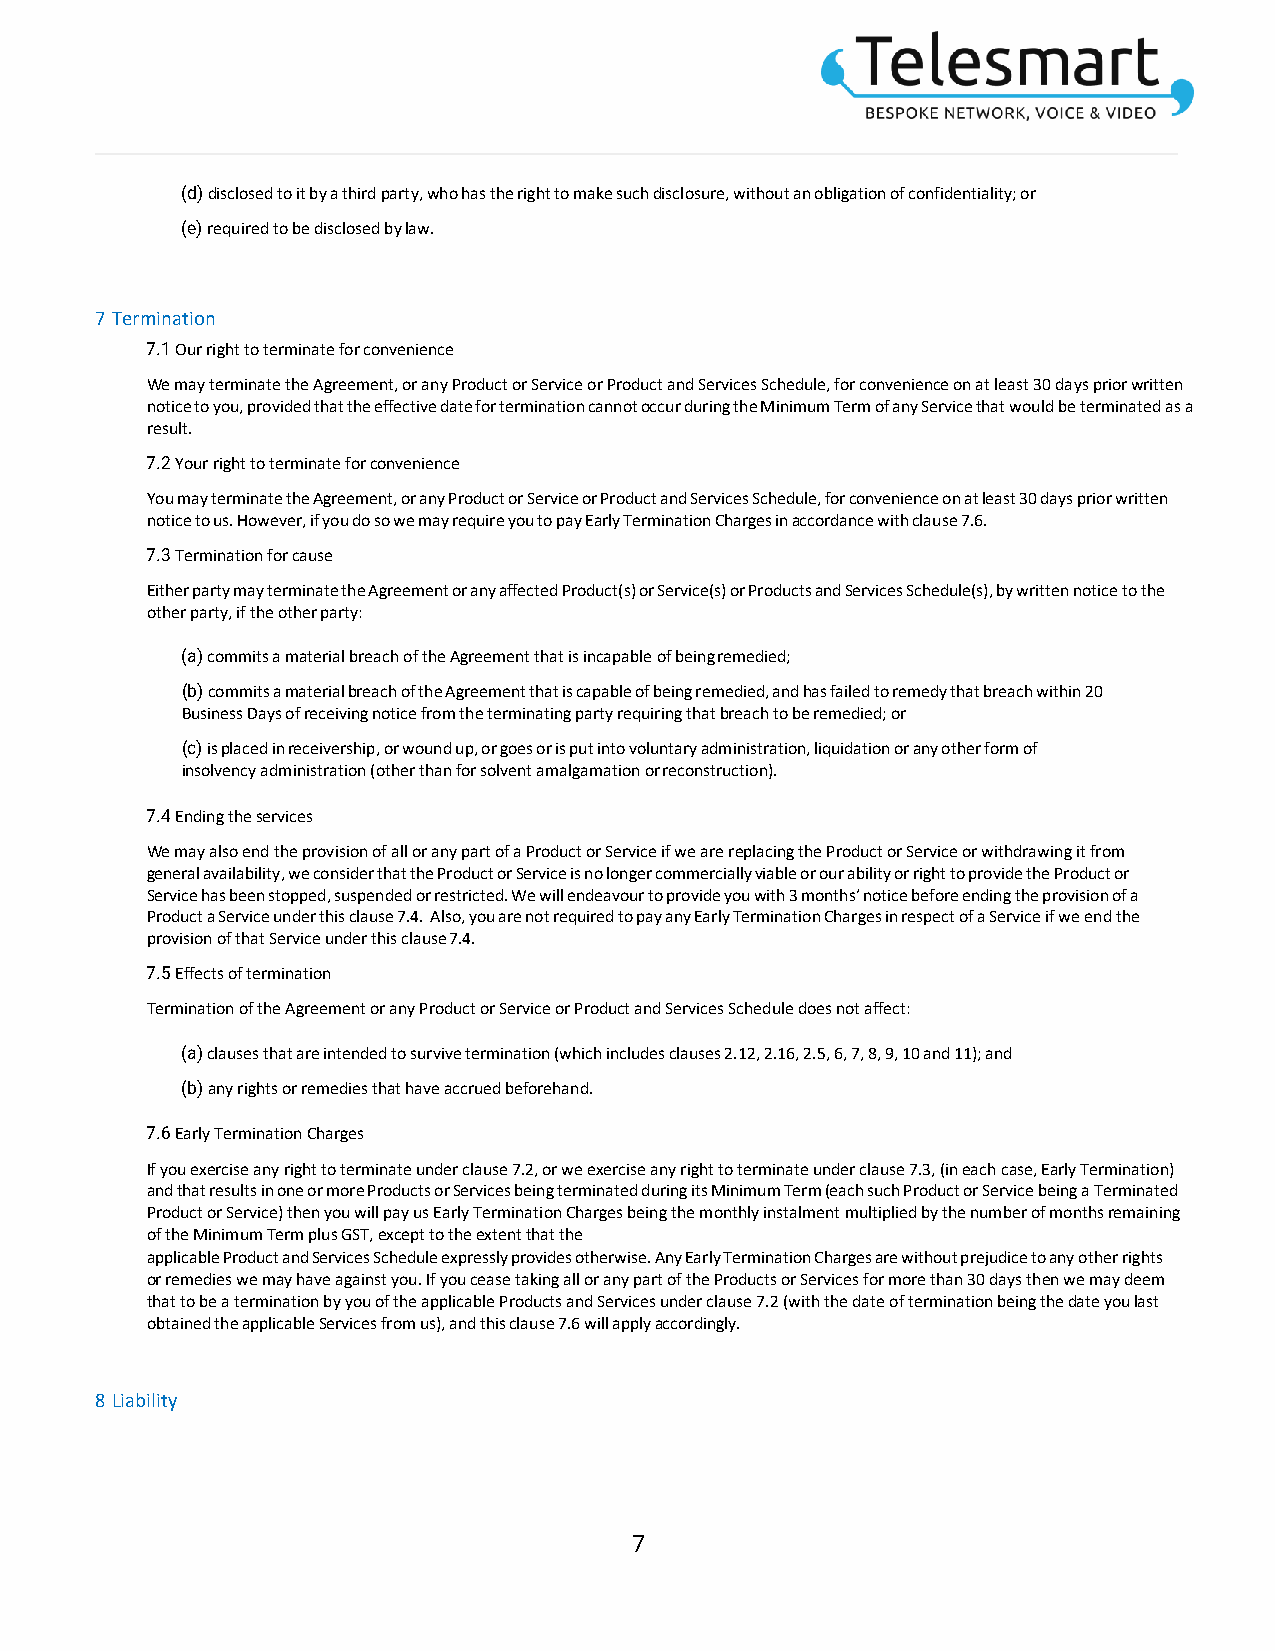
(d) disclosed to it by a third party, who has the right to make such disclosure, without an obligation of confidentiality; or
 (e) required to be disclosed by law.
 7 Termination
 7.1 Our right to terminate for convenience
 We may terminate the Agreement, or any Product or Service or Product and Services Schedule, for convenience on at least 30 days prior written
 notice to you, provided that the effective date for termination cannot occur during the Minimum Term of any Service that would be terminated as a
 result.
 7.2 Your right to terminate for convenience
 You may terminate the Agreement, or any Product or Service or Product and Services Schedule, for convenience on at least 30 days prior written
 notice to us. However, if you do so we may require you to pay Early Termination Charges in accordance with clause 7.6.
 7.3 Termination for cause
 Either party may terminate the Agreement or any affected Product(s) or Service(s) or Products and Services Schedule(s), by written notice to the
 other party, if the other party:
 (a) commits a material breach of the Agreement that is incapable of being remedied;
 (b) commits a material breach of the Agreement that is capable of being remedied, and has failed to remedy that breach within 20
 Business Days of receiving notice from the terminating party requiring that breach to be remedied; or
 (c) is placed in receivership, or wound up, or goes or is put into voluntary administration, liquidation or any other form of
 insolvency administration (other than for solvent amalgamation or reconstruction).
 7.4 Ending the services
 We may also end the provision of all or any part of a Product or Service if we are replacing the Product or Service or withdrawing it from
 general availability, we consider that the Product or Service is no longer commercially viable or our ability or right to provide the Product or
 Service has been stopped, suspended or restricted. We will endeavour to provide you with 3 months’ notice before ending the provision of a
 Product a Service under this clause 7.4. Also, you are not required to pay any Early Termination Charges in respect of a Service if we end the
 provision of that Service under this clause 7.4.
 7.5 Effects of termination
 Termination of the Agreement or any Product or Service or Product and Services Schedule does not affect:
 (a) clauses that are intended to survive termination (which includes clauses 2.12, 2.16, 2.5, 6, 7, 8, 9, 10 and 11); and
 (b) any rights or remedies that have accrued beforehand.
 7.6 Early Termination Charges
 If you exercise any right to terminate under clause 7.2, or we exercise any right to terminate under clause 7.3, (in each case, Early Termination)
 and that results in one or more Products or Services being terminated during its Minimum Term (each such Product or Service being a Terminated
 Product or Service) then you will pay us Early Termination Charges being the monthly instalment multiplied by the number of months remaining
 of the Minimum Term plus GST, except to the extent that the
 applicable Product and Services Schedule expressly provides otherwise. Any Early Termination Charges are without prejudice to any other rights
 or remedies we may have against you. If you cease taking all or any part of the Products or Services for more than 30 days then we may deem
 that to be a termination by you of the applicable Products and Services under clause 7.2 (with the date of termination being the date you last
 obtained the applicable Services from us), and this clause 7.6 will apply accordingly.
 8 Liability
 7